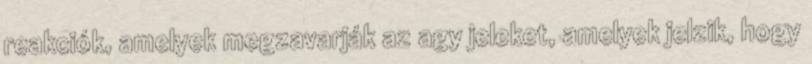
reakciók, amelyek megzavarják az agy jeleket, amelyek jelzik, hogy